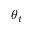
\theta _ { t }